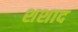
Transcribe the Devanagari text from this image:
शशाद